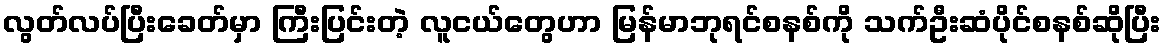
လွတ်လပ်ပြီးခေတ်မှာ ကြီးပြင်းတဲ့ လူငယ်တွေဟာ မြန်မာဘုရင်စနစ်ကို သက်ဦးဆံပိုင်စနစ်ဆိုပြီး